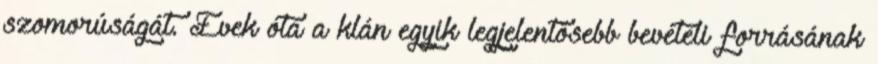
szomorúságát. Évek óta a klán egyik legjelentősebb bevételi forrásának